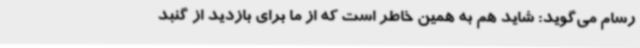
رسام می‌گوید: شاید هم به همین خاطر است که از ما برای بازدید از گنبد